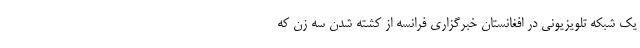
یک شبکه تلویزیونی در افغانستان خبرگزاری فرانسه از کشته شدن سه زن که